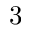
3